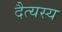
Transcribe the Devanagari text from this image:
दैत्यस्य